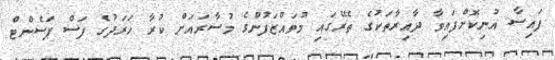
ފައިސާ އުނިކޮށްފައިވާ ދާއިރާތަކުގެ ތެރޭގައި މުވައްޒަފުންގެ މުސާރައަށް ކުރާ ހަރަދުގެ ފަސް ޕަސެންޓް